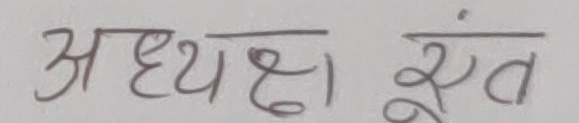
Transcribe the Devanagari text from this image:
अध्यक्ष संत